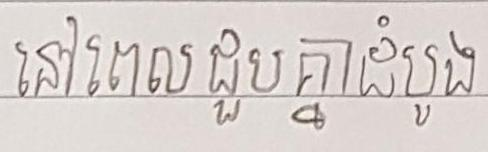
នៅពេលជួបគ្នាដំបូង